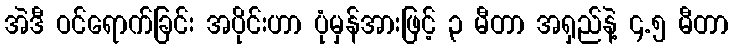
အဲဒီ ဝင်ရောက်ခြင်း အပိုင်းဟာ ပုံမှန်အားဖြင့် ၃ မီတာ အရှည်နဲ့ ၄.၅ မီတာ